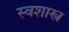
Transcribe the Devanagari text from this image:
स्वशास्त्र